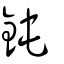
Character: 鈍